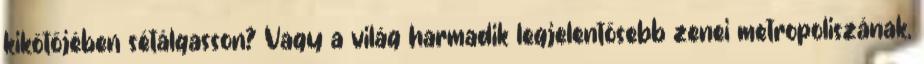
kikötőjében sétálgasson? Vagy a világ harmadik legjelentősebb zenei metropoliszának,